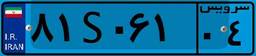
۳۱S۸۰۵۶۲